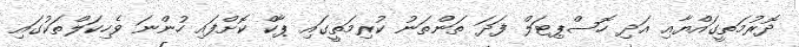
ދޮރުމަތީގައްޔާއި އަދި ހޮސްޕިޓަލް ފަދަ ތަންތަނު ކުރިމަތީގައި ޕާކް ކޮށްފައި ހުންނަ ވެހިކަލްތަކުގައި